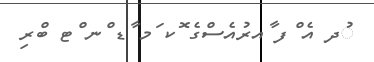
ުދ އެ ްފ ާއރުއެސްގެ ޮކ ަމ ާޑ ްނ ްޓ ބްރި